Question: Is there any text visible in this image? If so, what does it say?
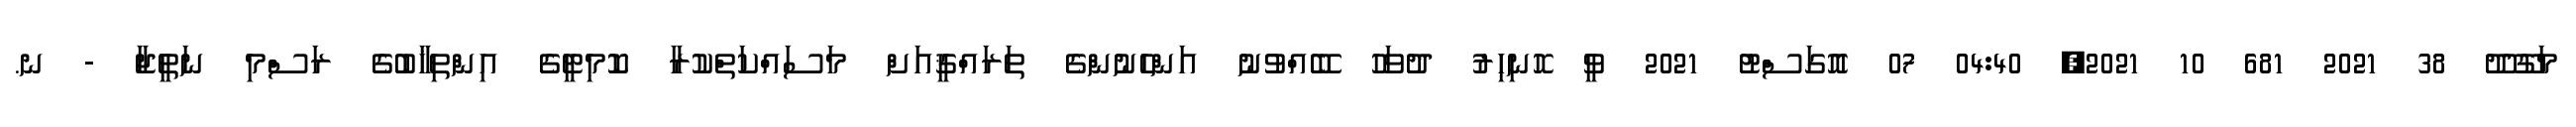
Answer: މަގޫދޫ 38 2021 681 10 2021, 04:40 07 އޮގަސްޓު 2021 ވީ ހޮނިހިރު ދުވަހު ބޭއްވުނު އަންހެނުންގެ ތަރައްޤީއަށް މަސައްކަތްކުރާ ކޮމިޓީގެ އިންތިޚާބުގެ ރަސްމި ނަތީޖާ - ނ.